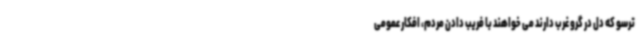
ترسو که دل در گرو غرب دارند می خواهند با فریب دادن مردم، افکار عمومی